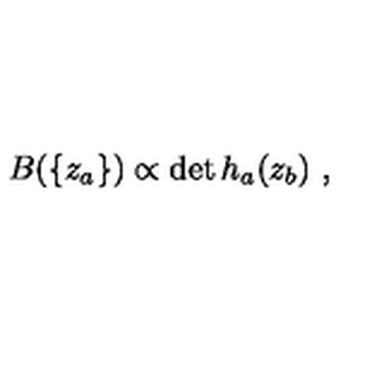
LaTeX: B ( \{ z _ { a } \} ) \propto \det h _ { a } ( z _ { b } ) \ ,